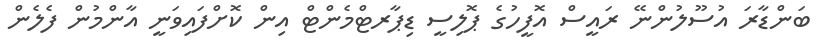
ބަންޑާރަ އުސޫލުންނޭ ރައީސް އޮފީހުގެ ޕޮލިސީ ޑިޕާރޓްމެންޓް އިން ކޮށްފައިވަނީ އާންމުން ފެލެން